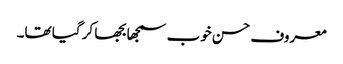
معروف حسن خوب سمجھا بجھا کر گیا تھا۔